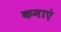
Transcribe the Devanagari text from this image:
कमाएं